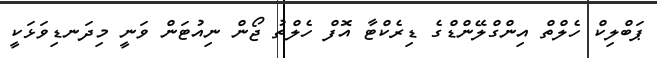
ޕަބްލިކް ހެލްތް އިންގްލޭންޑްގެ ޑިރެކްޓާ އޮފް ހެލްތު ޖޯން ނިއުޓަން ވަނީ މިދަނޑިވަޅަކީ